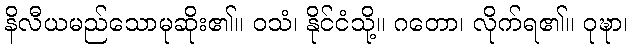
နိလီယမည်သောမုဆိုး၏။ ဝသံ၊ နိုင်ငံသို့။ ဂတော၊ လိုက်ရ၏။ ဝုဍ္ဎာ၊